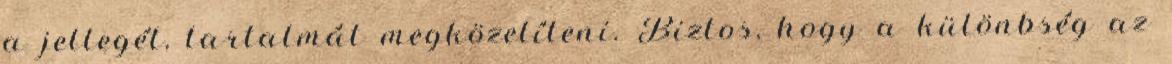
a jellegét, tartalmát megközelíteni. Biztos, hogy a különbség az